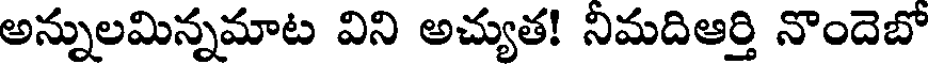
అన్నులమిన్నమాట విని అచ్యుత! నిమదిఆర్తి నొందెబో